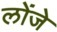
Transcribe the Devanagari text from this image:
लोंजे